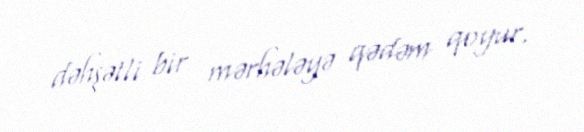
dəhşətli bir mərhələyə qədəm qoyur.